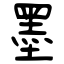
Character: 墨